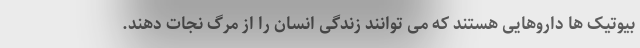
بیوتیک ها داروهایی هستند که می توانند زندگی انسان را از مرگ نجات دهند.